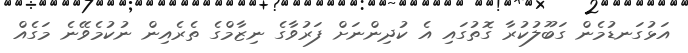
އަޅުގަނޑުމެން ގަބޫލުކުރާ ގޮތުގައި އެ ކުދިންނަށް ފަރުވާގެ ނިޒާމްގެ ތެރެއިން ނުކުމެވޭނެ މަގެއް